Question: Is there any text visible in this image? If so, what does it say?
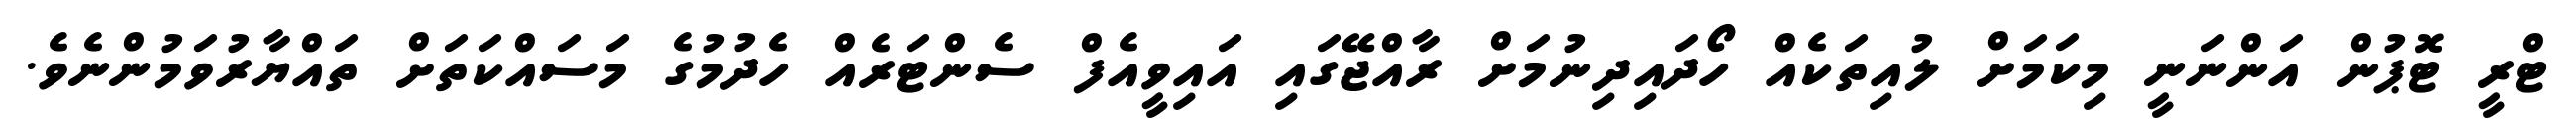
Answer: ޓްރީ ޓޮޕުން އަންނަނީ މިކަމަށް ލުއިތަކެއް ހޯދައިދިނުމަށް ރާއްޖޭގައި އައިވީއެފް ސެންޓަރެއް ހެދުމުގެ މަސައްކަތަށް ތައްޔާރުވަމުންނެވެ.